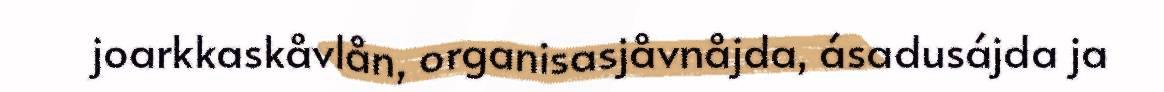
joarkkaskåvlån, organisasjåvnåjda, ásadusájda ja